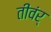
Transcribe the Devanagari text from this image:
तीवंर्